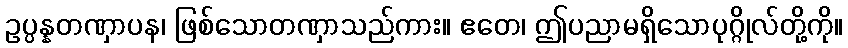
ဥပ္ပန္နတဏှာပန၊ ဖြစ်သောတဏှာသည်ကား။ ဧတေ၊ ဤပညာမရှိသောပုဂ္ဂိုလ်တို့ကို။